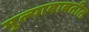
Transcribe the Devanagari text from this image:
मुल्याबाबतीत